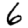
Digit: 6